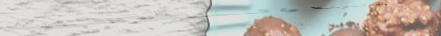
أحدث صيحات الموضة والملاب